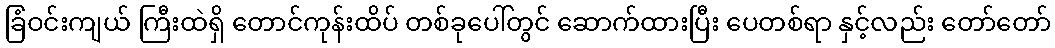
ခြံဝင်းကျယ် ကြီးထဲရှိ တောင်ကုန်းထိပ် တစ်ခုပေါ်တွင် ဆောက်ထားပြီး ပေတစ်ရာ နှင့်လည်း တော်တော်